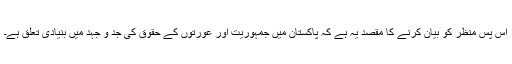
اس پس منظر کو بیان کرنے کا مقصد یہ ہے کہ پاکستان میں جمہوریت اور عورتوں کے حقوق کی جد و جہد میں بنیادی تعلق ہے۔